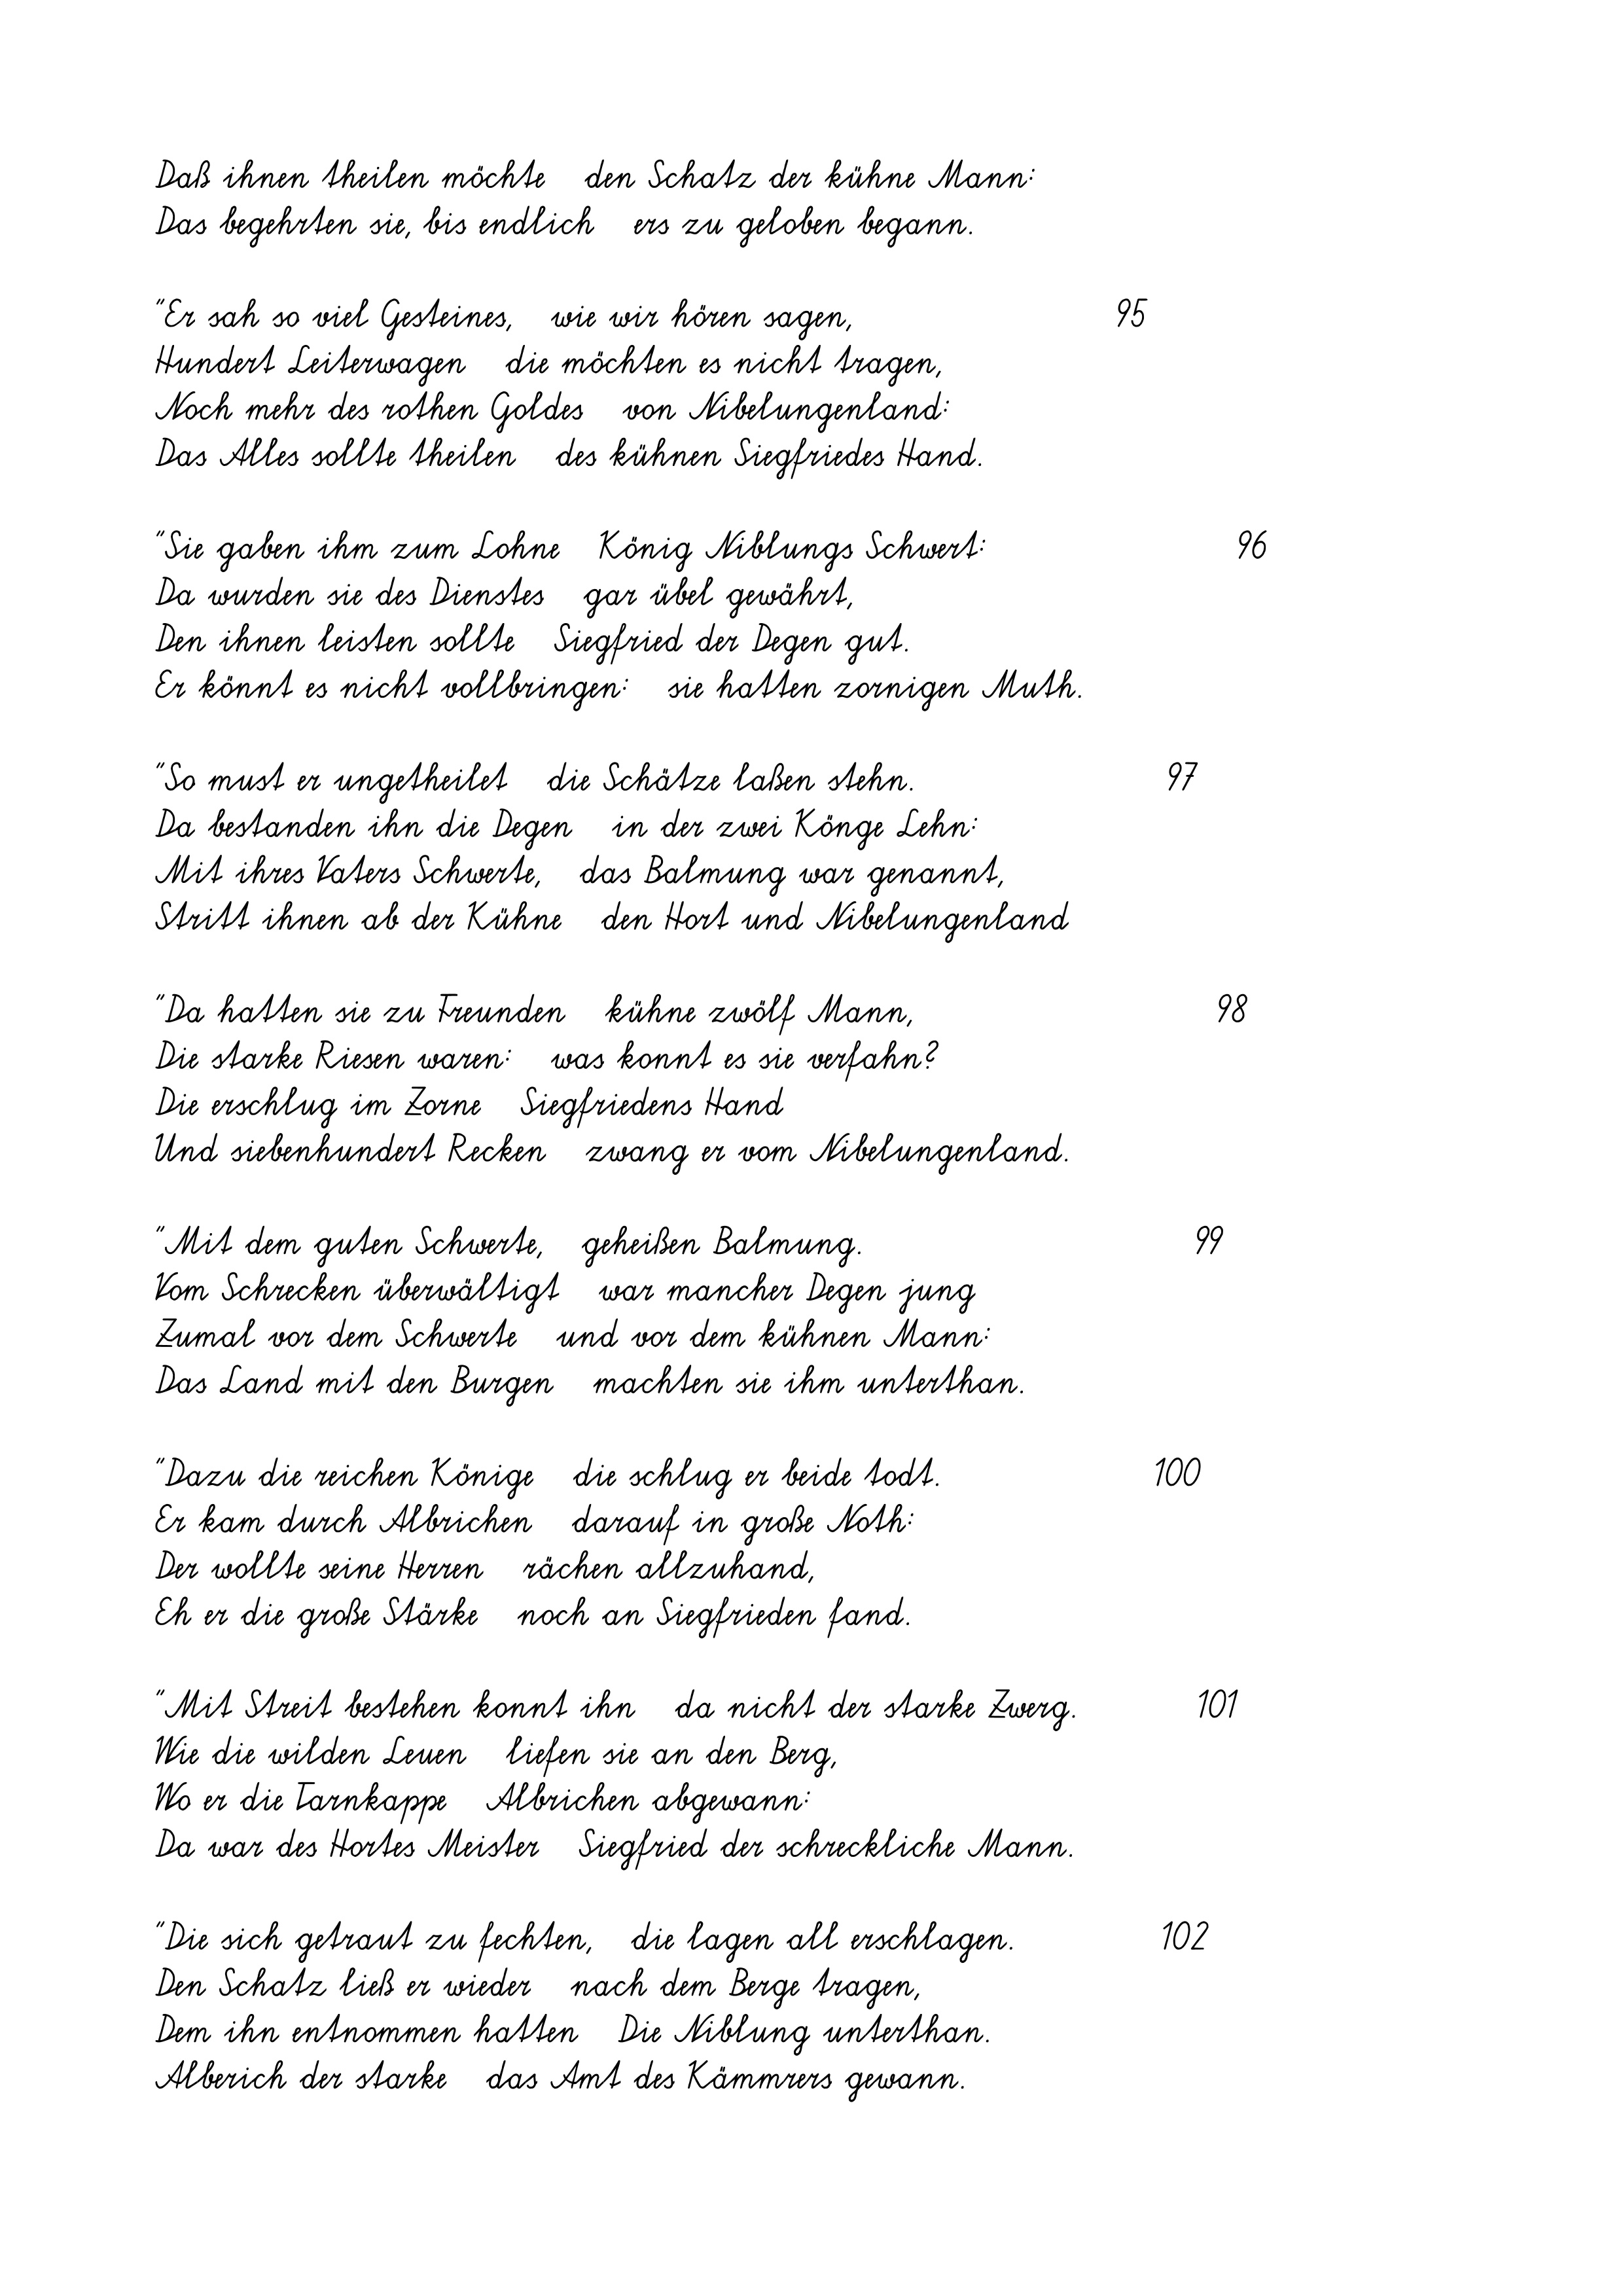
Daß ihnen theilen möchte   den Schatz der kühne Mann:
Das begehrten sie, bis endlich   ers zu geloben begann.
"Er sah so viel Gesteines,   wie wir hören sagen,
Hundert Leiterwagen   die möchten es nicht tragen,
Noch mehr des rothen Goldes   von Nibelungenland:
Das Alles sollte theilen   des kühnen Siegfriedes Hand.
"Sie gaben ihm zum Lohne   König Niblungs Schwert:
Da wurden sie des Dienstes   gar übel gewährt,
Den ihnen leisten sollte   Siegfried der Degen gut.
Er könnt es nicht vollbringen:   sie hatten zornigen Muth.
"So must er ungetheilet   die Schätze laßen stehn.
Da bestanden ihn die Degen   in der zwei Könge Lehn:
Mit ihres Vaters Schwerte,   das Balmung war genannt,
Stritt ihnen ab der Kühne   den Hort und Nibelungenland
"Da hatten sie zu Freunden   kühne zwölf Mann,
Die starke Riesen waren:   was konnt es sie verfahn?
Die erschlug im Zorne   Siegfriedens Hand
Und siebenhundert Recken
zwang er vom Nibelungenland.
geheißen Balmung.
"Mit dem guten Schwerte,
Vom Schrecken überwältigt
war mancher Degen jung
Zumal vor dem Schwerte   und vor dem kühnen Mann:
Das Land mit den Burgen   machten sie ihm unterthan.
"Dazu die reichen Könige   die schlug er beide todt.
Er kam durch Albrichen   darauf in große Noth:
Der wollte seine Herren   rächen allzuhand,
Eh er die große Stärke   noch an Siegfrieden fand.
"Mit Streit bestehen konnt ihn   da nicht der starke Zwerg.
Wie die wilden Leuen   liefen sie an den Berg,
Wo er die Tarnkappe   Albrichen abgewann:
Da war des Hortes Meister   Siegfried der schreckliche Mann.
"Die sich getraut zu fechten,   die lagen all erschlagen.
Den Schatz ließ er wieder   nach dem Berge tragen,
Dem ihn entnommen hatten   Die Niblung unterthan.
Alberich der starke   das Amt des Kämmrers gewann.

95

100

97

102

99

101

98

96